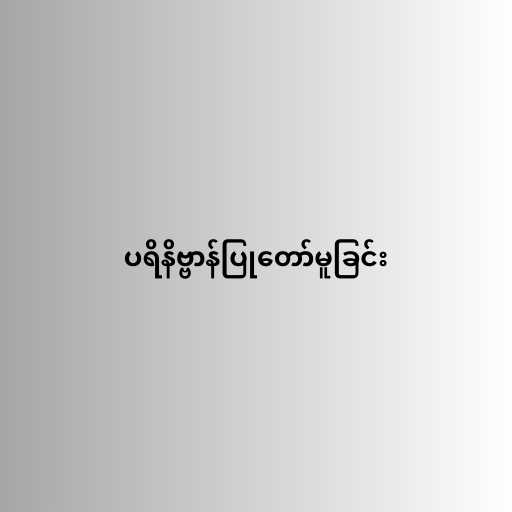
ပရိနိဗ္ဗာန်ပြုတော်မူခြင်း